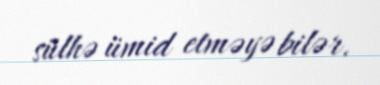
sülhə ümid etməyə bilər.